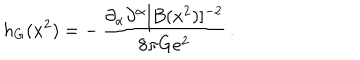
LaTeX: h _ { G } ( x ^ { 2 } ) = - \, { \frac { \partial _ { \alpha } \partial ^ { \alpha } [ B ( x ^ { 2 } ) ] ^ { - 2 } } { 8 \pi G e ^ { 2 } } } \, .